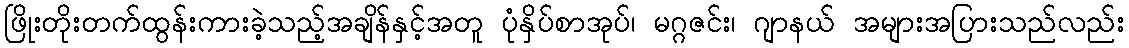
ဖြိုးတိုးတက်ထွန်းကားခဲ့သည့်အချိန်နှင့်အတူ ပုံနှိပ်စာအုပ်၊ မဂ္ဂဇင်း၊ ဂျာနယ် အများအပြားသည်လည်း